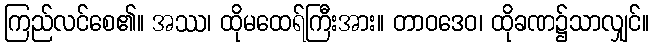
ကြည်လင်စေ၏။ အဿ၊ ထိုမထေရ်ကြီးအား။ တာဝဒေဝ၊ ထိုခဏ၌သာလျှင်။